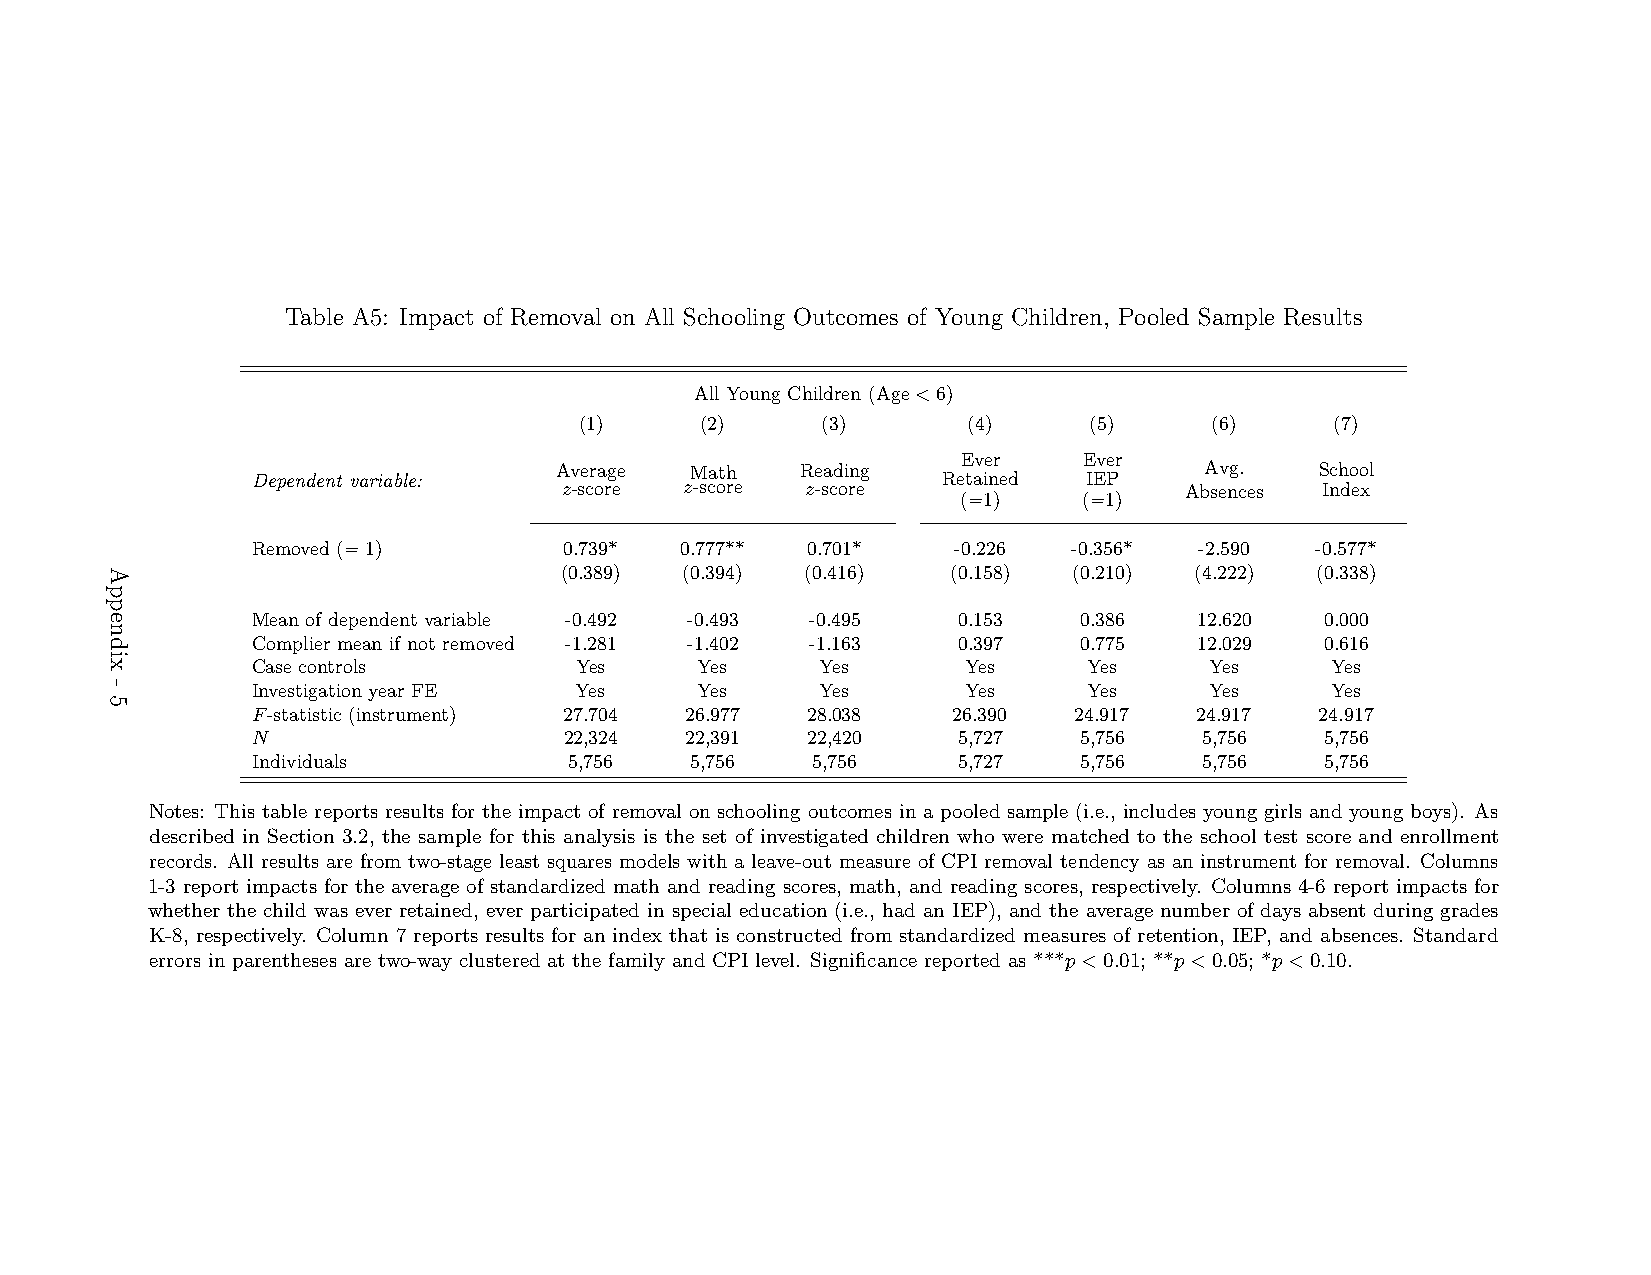
Table A5: Impact of Removal on All Schooling Outcomes of Young Children, Pooled Sample Results
 All Young Children (Age<6)
 (1)     (2)     (3)       (4)     (5)     (6)     (7)
 Ever    Ever
 Average  Math   Reading                    Avg.   School
 Dependent variable: z-score z-score z-score  Retained  IEP   Absences Index
 (=1)    (=1)
 Removed (=1)        0.739*  0.777** 0.701*    -0.226  -0.356* -2.590  -0.577*
 (0.389) (0.394) (0.416)   (0.158) (0.210) (4.222) (0.338)
 Mean of dependent variable -0.492 -0.493 -0.495 0.153 0.386   12.620   0.000
 Complier mean if not removed -1.281 -1.402 -1.163 0.397 0.775 12.029   0.616
 Case controls        Yes     Yes     Yes       Yes     Yes     Yes     Yes
 Investigation year FE Yes    Yes     Yes       Yes     Yes     Yes     Yes
 F-statistic (instrument) 27.704 26.977 28.038 26.390  24.917  24.917  24.917
 N                   22,324  22,391  22,420    5,727   5,756    5,756   5,756
 Individuals          5,756   5,756   5,756    5,727   5,756    5,756   5,756
 Notes: This table reports results for the impact of removal on schooling outcomes in a pooled sample (i.e., includes young girls and young boys). As
 described in Section 3.2, the sample for this analysis is the set of investigated children who were matched to the school test score and enrollment
 records. All results are from two-stage least squares models with a leave-out measure of CPI removal tendency as an instrument for removal. Columns
 1-3 report impacts for the average of standardized math and reading scores, math, and reading scores, respectively. Columns 4-6 report impacts for
 whether the child was ever retained, ever participated in special education (i.e., had an IEP), and the average number of days absent during grades
 K-8, respectively. Column 7 reports results for an index that is constructed from standardized measures of retention, IEP, and absences. Standard
 errors in parentheses are two-way clustered at the family and CPI level. Significance reported as ***p<0.01; **p<0.05; *p<0.10.
 Appendix
 -
 5
 1